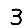
Digit: 3